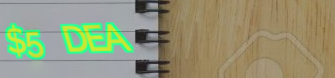
$5 DEAL